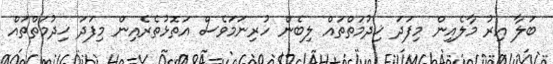
ބަލާ އިރު މާލެއިން މިފަދަ ޚިދުމަތްތައް ލިބެން ހުރިނަމަވެސް އަތޮޅުތެރެއިން މިފަދަ ޚިދުމަތްތައް